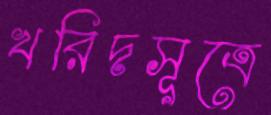
খরিদসূত্রে